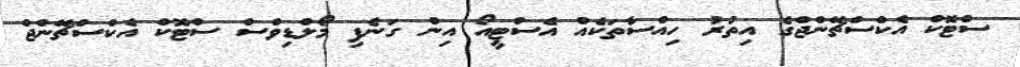
ސްޓޮކް އެކްސްޗޭންޖްގެ އިތުރު ހިއްސާތަކެއް އެސްޓީއޯ އިން ގަނެފި މޯލްޑިވްސް ސްޓޮކް އެކްސްޗޭންޖް